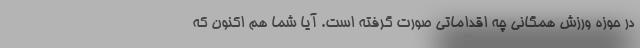
در حوزه ورزش همگانی چه اقداماتی صورت گرفته است. آیا شما هم اکنون که